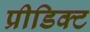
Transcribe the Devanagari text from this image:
प्रीडिक्ट